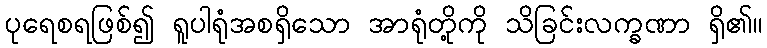
ပုရေစရဖြစ်၍ ရူပါရုံအစရှိသော အာရုံတို့ကို သိခြင်းလက္ခဏာ ရှိ၏။